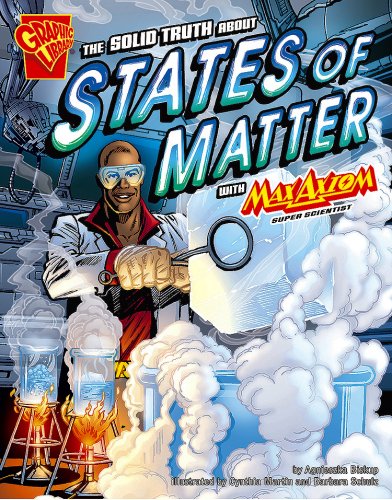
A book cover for The Solid Truth about States of Matter with Max Axiom, Super Scientist (Graphic Science); Agnieszka Biskup; Children's Books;